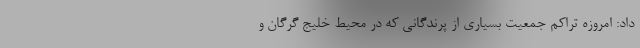
داد: امروزه تراکم جمعیت بسیاری از پرندگانی که در محیط خلیج گرگان و